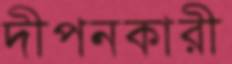
দীপনকারী